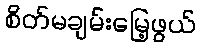
စိတ်မချမ်းမြေ့ဖွယ်